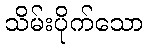
သိမ်းပိုက်သော